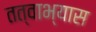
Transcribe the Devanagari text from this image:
तत्वाभ्यास